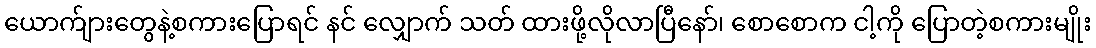
ယောက်ျားတွေနဲ့စကားပြောရင် နင် လျှောက် သတ် ထားဖို့လိုလာပြီနော်၊ စောစောက ငါ့ကို ပြောတဲ့စကားမျိုး